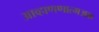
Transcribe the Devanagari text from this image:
आव्हाणणात्मअक